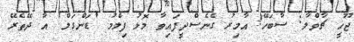
ޖޫހީ ޗާވްލާ: ސާބަހޭ! އާމިރު ގެނެސްދީފައިވާ މޮޅު ފިލްމު 'ޑަންގަލް' އާ ދޭތެރޭ